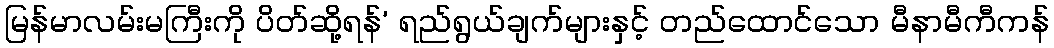
မြန်မာလမ်းမကြီးကို ပိတ်ဆို့ရန်’ ရည်ရွယ်ချက်များနှင့် တည်ထောင်သော မီနာမီကီကန်